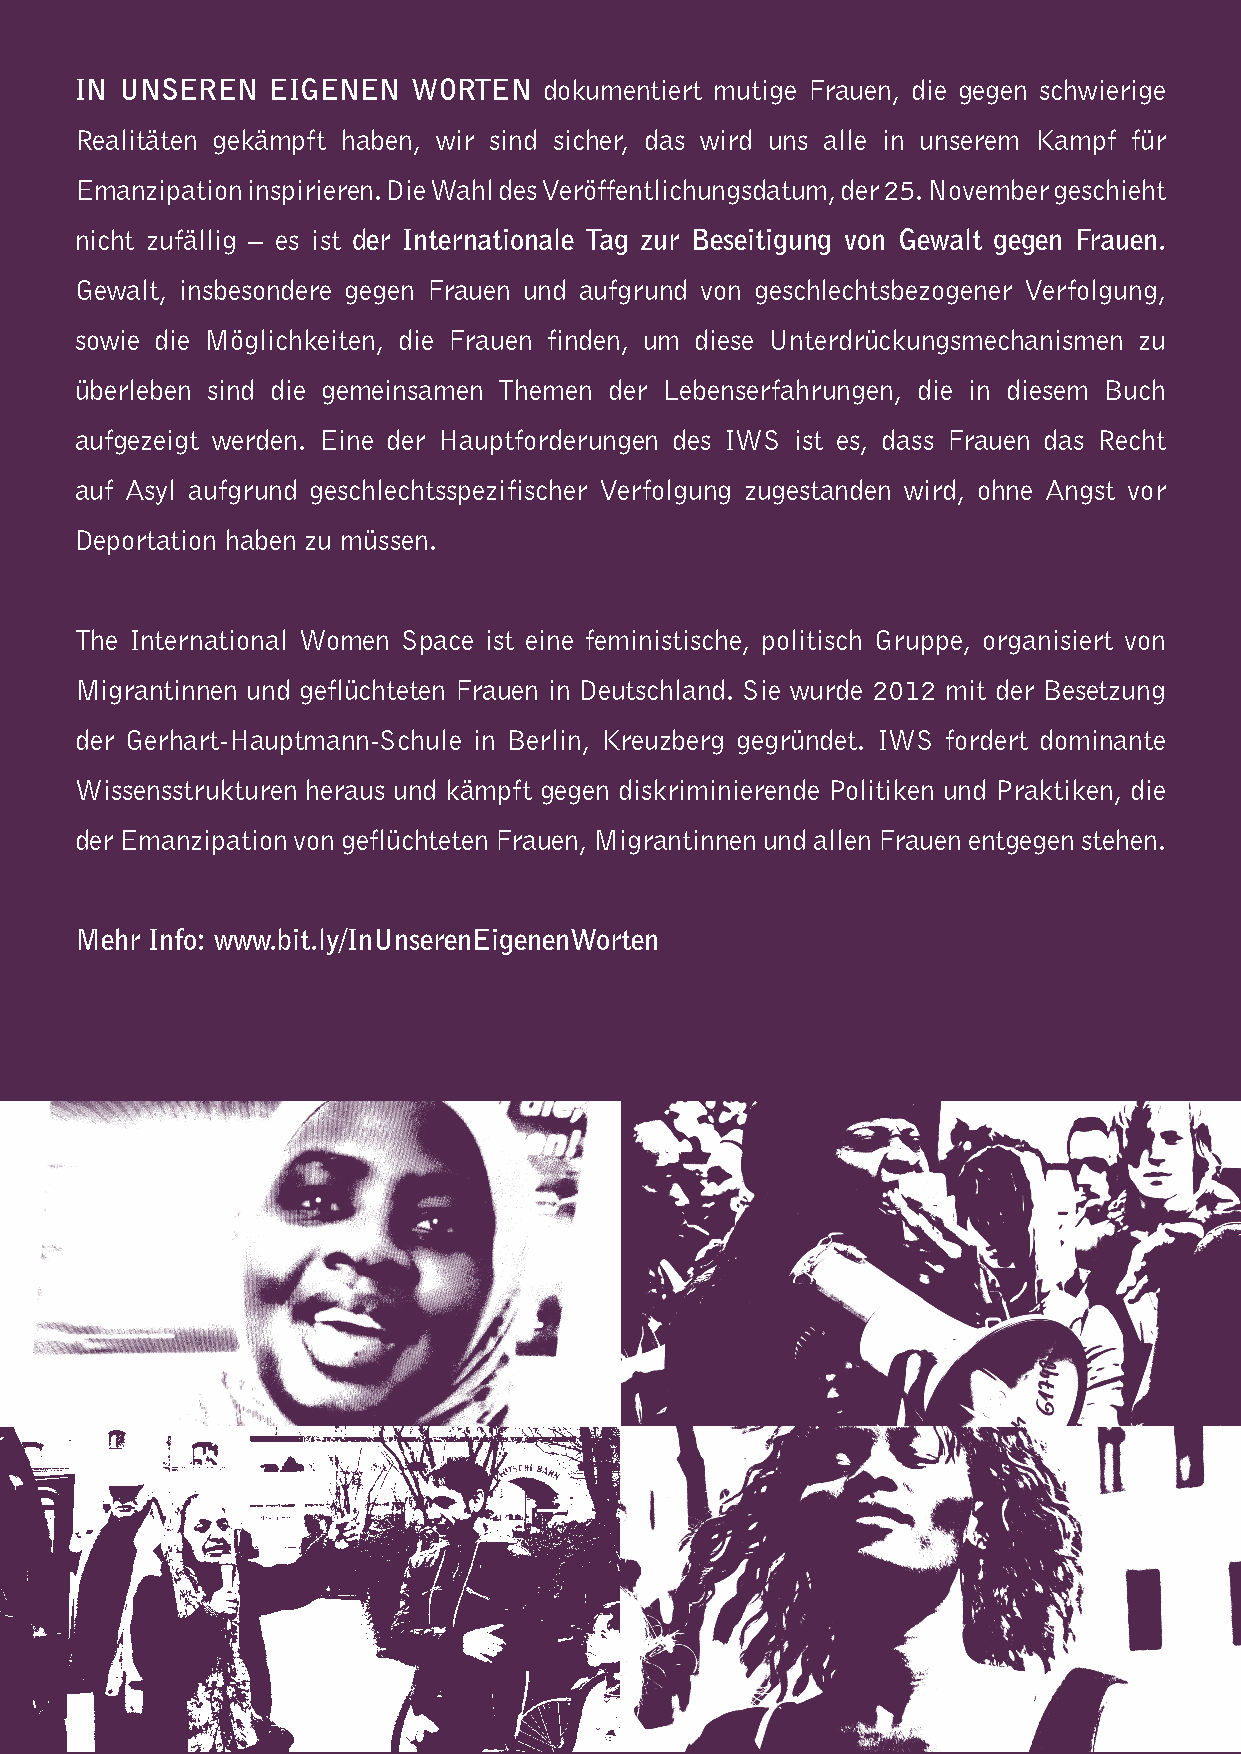
IN UNSEREN   EIGENEN  WORTEN   dokumentiert mutige Frauen, die gegen schwierige
 Realitäten gekämpft haben, wir sind sicher, das wird uns alle in unserem Kampf für
 Emanzipation inspirieren. Die Wahl des Veröffentlichungsdatum, der 25. November geschieht
 nicht zufällig – es ist der Internationale Tag zur Beseitigung von Gewalt gegen Frauen.
 Gewalt, insbesondere gegen Frauen und aufgrund von geschlechtsbezogener Verfolgung,
 sowie die Möglichkeiten, die Frauen finden, um diese Unterdrückungsmechanismen zu
 überleben sind die gemeinsamen Themen der Lebenserfahrungen, die in diesem Buch
 aufgezeigt werden. Eine der Hauptforderungen des IWS ist es, dass Frauen das Recht
 auf Asyl aufgrund geschlechtsspezifischer Verfolgung zugestanden wird, ohne Angst vor
 Deportation haben zu müssen.
 The International Women Space ist eine feministische, politisch Gruppe, organisiert von
 Migrantinnen und geflüchteten Frauen in Deutschland. Sie wurde 2012 mit der Besetzung
 der Gerhart-Hauptmann-Schule in Berlin, Kreuzberg gegründet. IWS fordert dominante
 Wissensstrukturen heraus und kämpft gegen diskriminierende Politiken und Praktiken, die
 der Emanzipation von geflüchteten Frauen, Migrantinnen und allen Frauen entgegen stehen.
 Mehr Info: www.bit.ly/InUnserenEigenenWorten